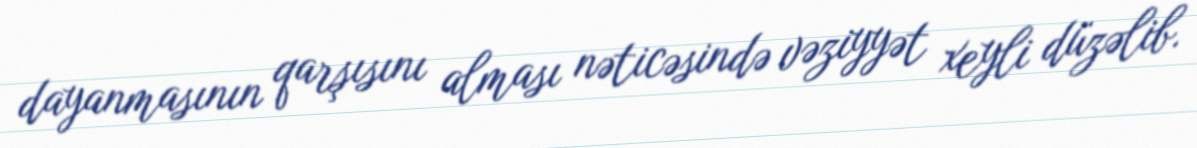
dayanmasının qarşısını alması nəticəsində vəziyyət xeyli düzəlib.